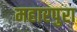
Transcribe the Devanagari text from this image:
महारपुरा